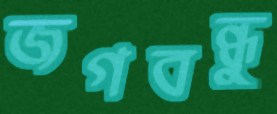
জগবন্ধু